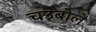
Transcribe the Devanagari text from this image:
चउबोलें